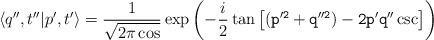
LaTeX: \begin{align*}\langle q'',t''| p',t'\rangle = {1\over \sqrt{ 2\pi\cos\tt}}\exp\left(-{i\over 2}\tan\tt\left[(p'^{2}+q''^{2}) -2p'q''\csc\tt\right]\right)\end{align*}